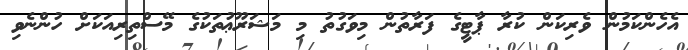
އެހެންކަމުން ވެރިކަން ކުރާ ޕާޓީގެ ފަރާތުން މިވަގުތު މި މަޝަރޫޢުތަކުގެ މޭސްތިރިއަކަށް ހުންނެވި